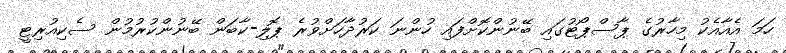
ހަމަ އެއާއެކު މިހާރުގެ ޕާސްޕޯޓުގައި ބޭނުންކޮށްފައި ހުންނަ ކަރުދާހަށްވުރެ ޕޮލި-ކާބަން ބޭނުންކުރުމުން ސެކިއުރިޓީ